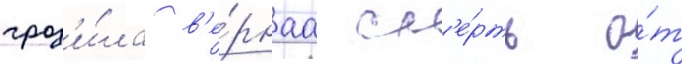
гроз'и́ла в'е́рнаа см'е́рть о́т